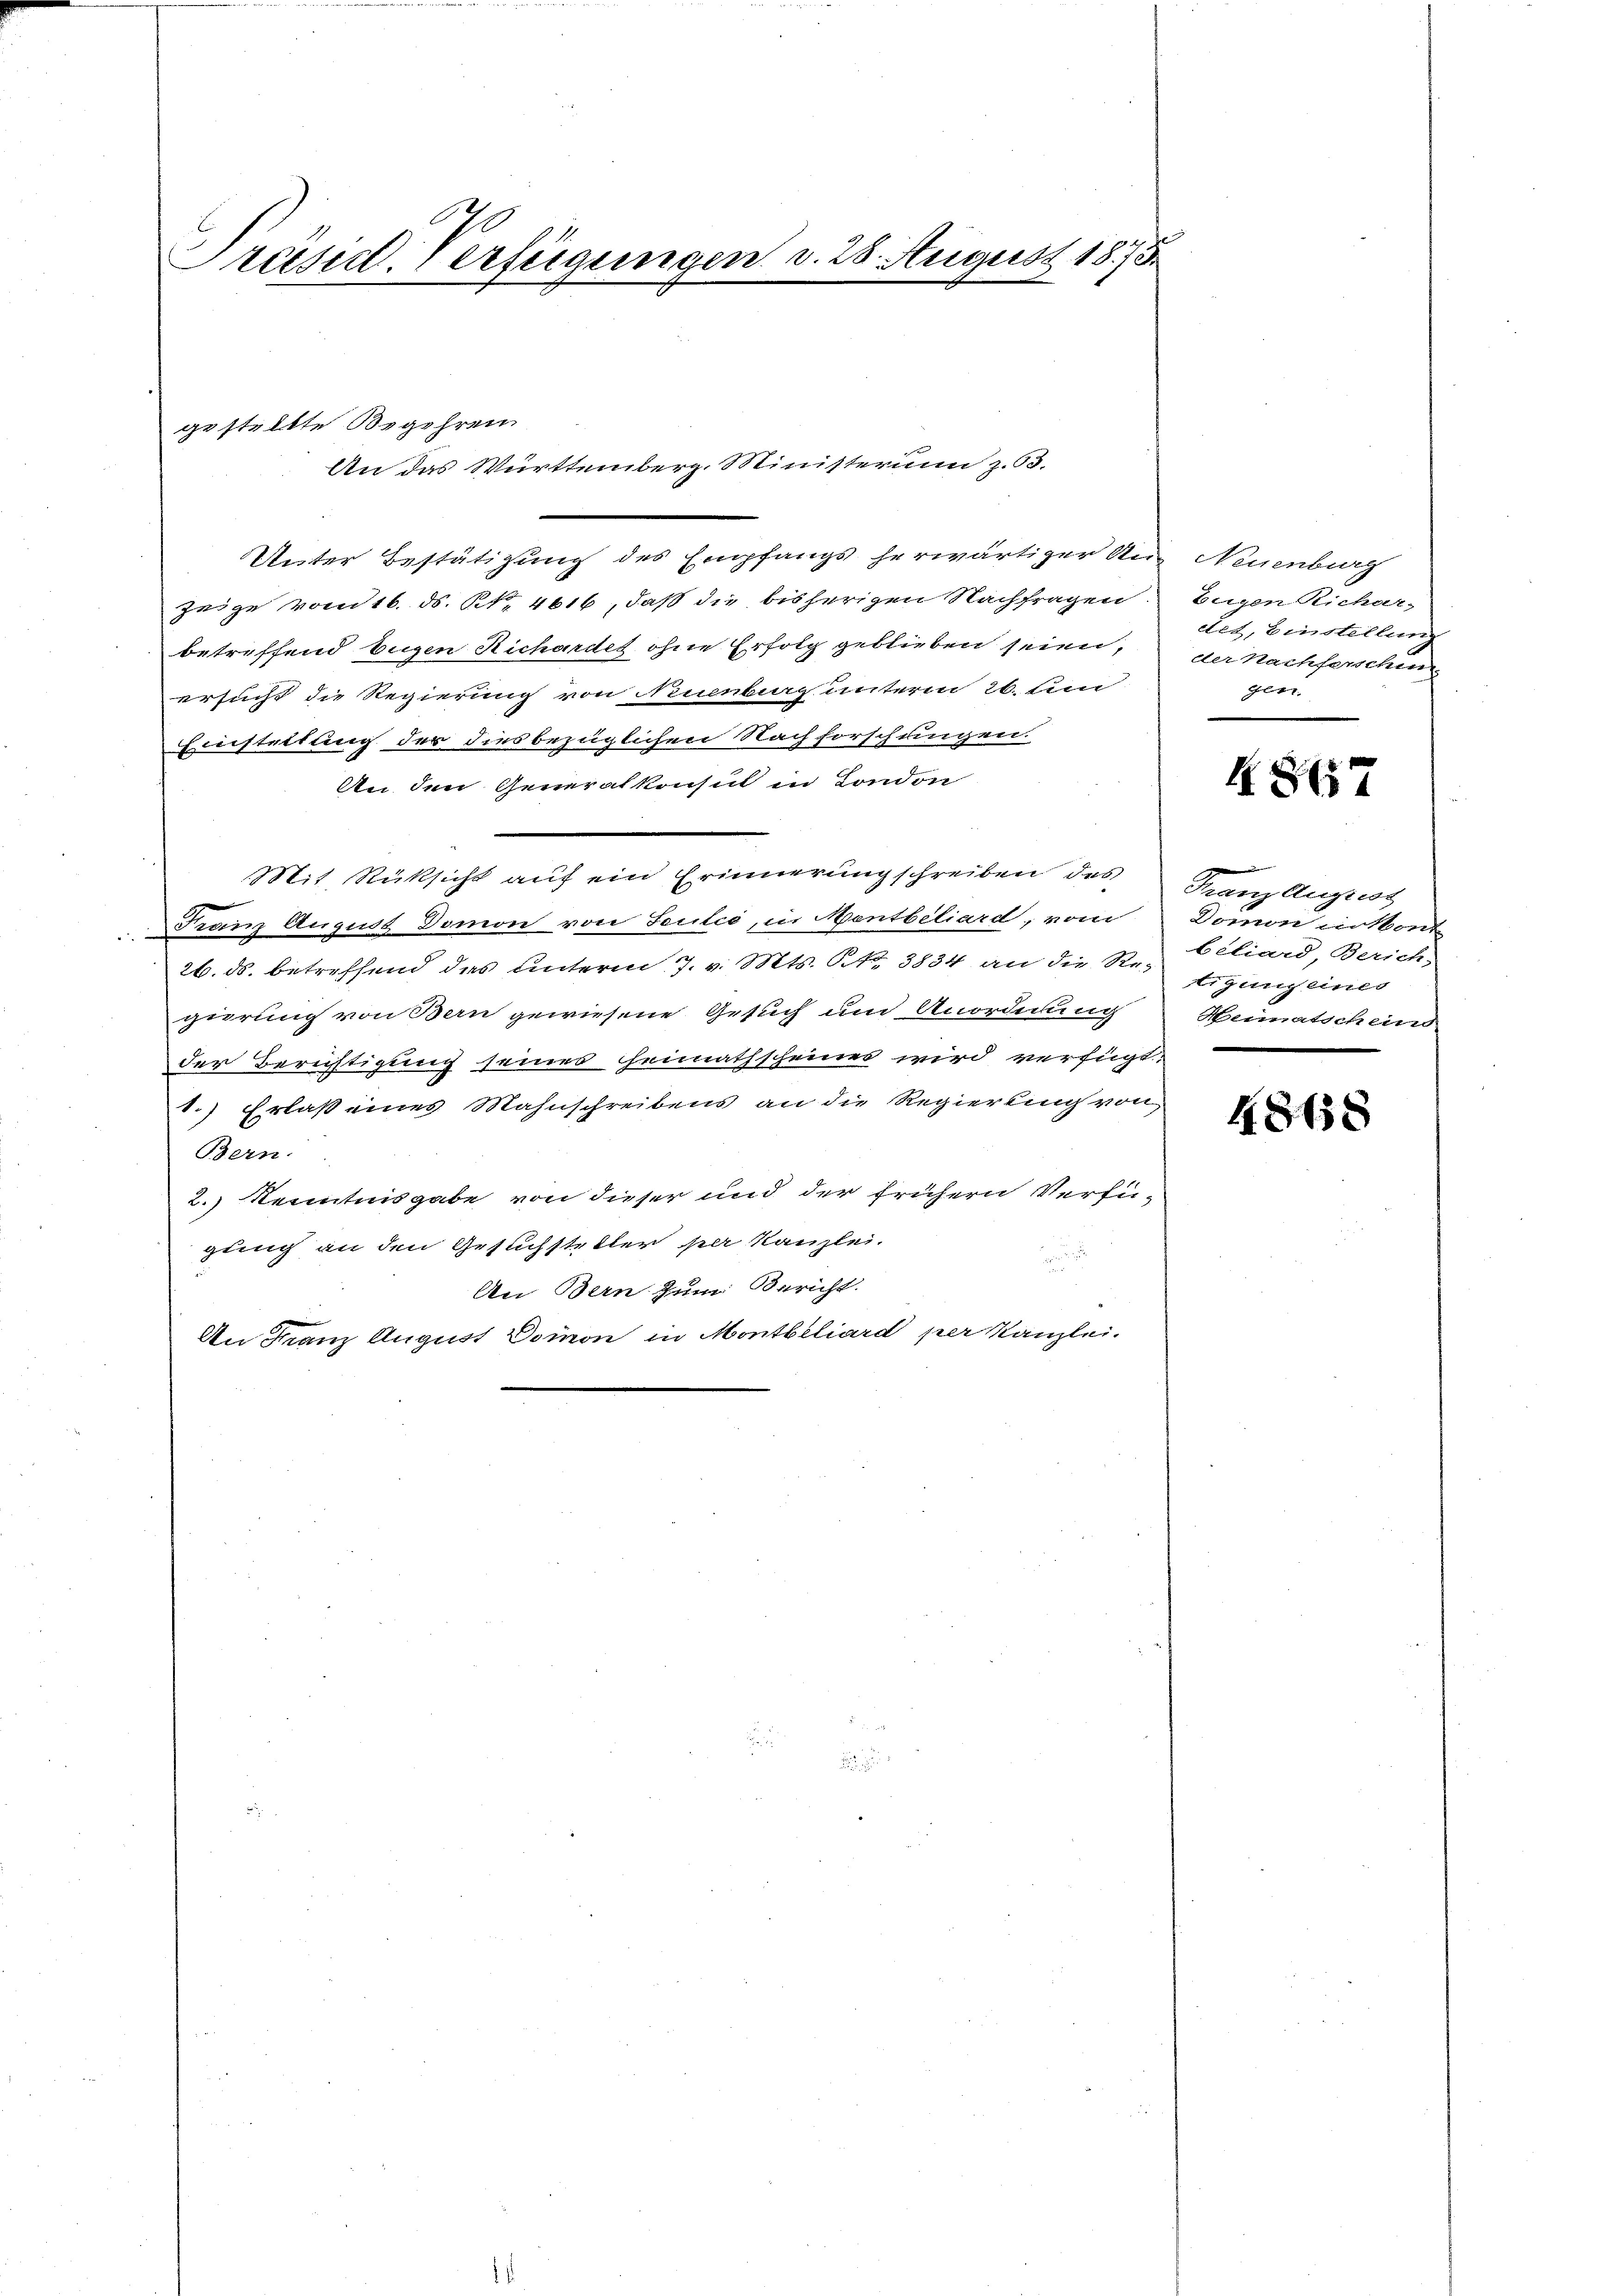
Präsid. Verfügungen d. 28. August 1873.

gestellte Begehren
An das Württemberg. Ministerium z. 53.
Unter Bestätigung des Empfangs herwärtiger Anzeige vom 16. ds. Nr. 4616, daß die bisherigen Nachfragen
betreffend Eugen Richardes ohne Erfolg geblieben seien,
ersucht die Regierung von Numbag unterm 26. un
Einstellung der dies bezüglichen Nachforschringen.
An den Generalkonsul in London
Mit Rüksicht auf ein Erinnerung schreiben des
Franz August Domon von Seulce, in Mentbiliard, vom
26. ds. betreffend des unterm 7. v. Mts. S. 3834 an die Regierung von Bern gewiesene Gesuch und Anordnung
der Beruftigung seines heimathscheines wird verfügt:
1.) Erlaß eines Mahnschreibens an die Regierung von
Bern.
2.) Kenntnisgabe von dieser und der frühern Verfü-
gung an den Gesuchsteller per Kanzlei.
e
An Bern zum Bericht.
An Franz August Domon in Montbeliard per Kanzlei.

Neuenburg
Beigen Richar-
dtet, Einstellung
der Nachferschin
Glatt

H. 867

Franz August
Domon insont
biliard, Zürich,
tigung eines
Heimatscheind
e

48658